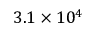
3 . 1 \times 1 0 ^ { 4 }